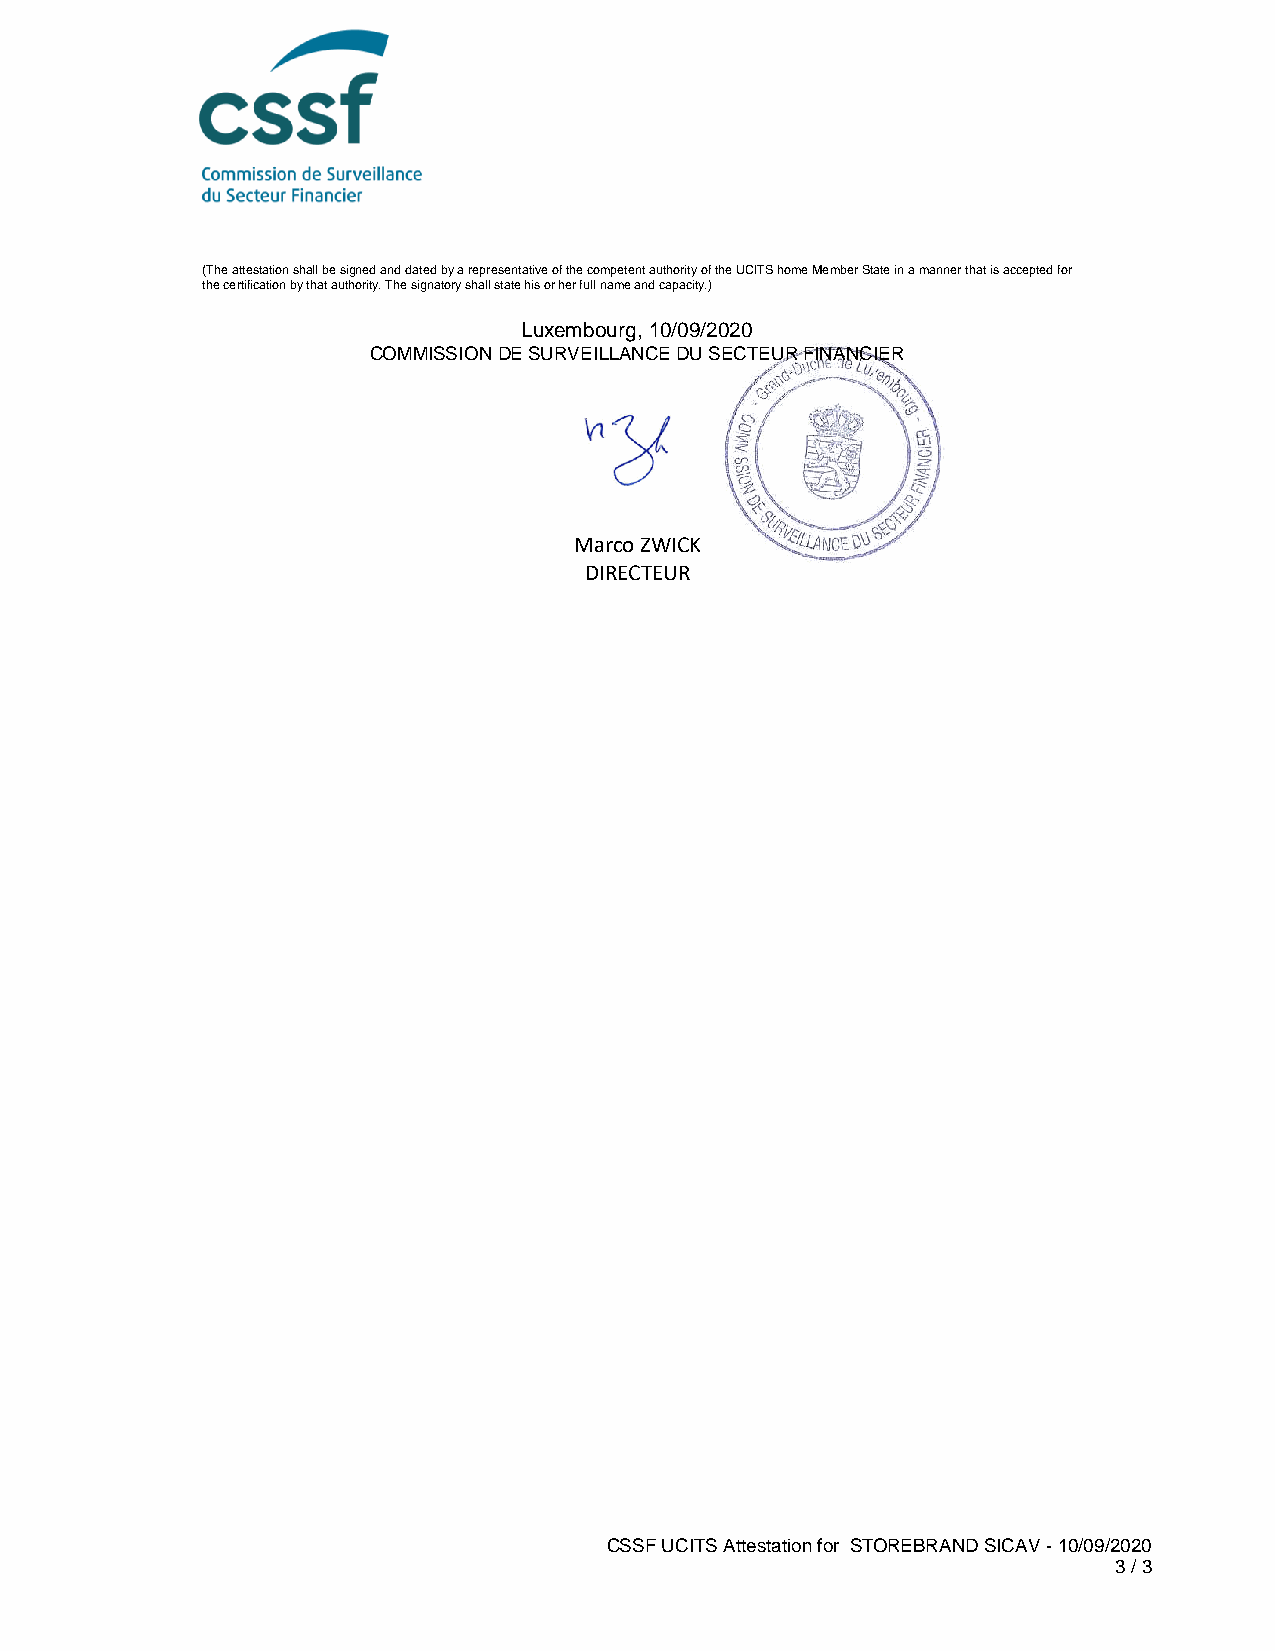
(The attestation shall be signed and dated by a representative of the competent authority of the UCITS home Member State in a manner that is accepted for
 the certification by that authority. The signatory shall state his or her full name and capacity.)
 Luxembourg, 10/09/2020
 COMMISSION DE SURVEILLANCE DU SECTEUR FINANCIER
 Marco ZWICK
 DIRECTEUR
 CSSF UCITS Attestation for STOREBRAND SICAV - 10/09/2020
 3 / 3